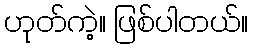
ဟုတ်ကဲ့။ ဖြစ်ပါတယ်။